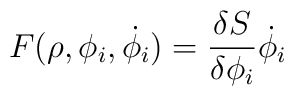
F(\rho, \phi_i,\dot{\phi_i}) = {\delta S \over \delta \phi_i}\dot{\phi_i}